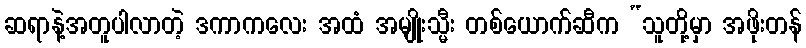
ဆရာနဲ့အတူပါလာတဲ့ ဒကာကလေး အထံ အမျိုးသ္မီး တစ်ယောက်ဆီက “သူတို့မှာ အဖိုးတန်